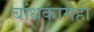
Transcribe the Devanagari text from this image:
बांधकामेही